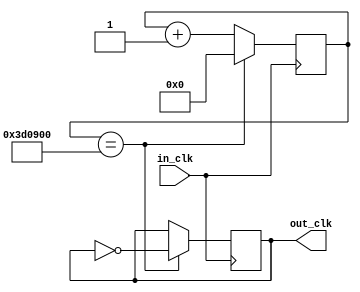
module clk_div_COUNTER (
    input   in_clk,
    output reg out_clk
);
/*
    50 Hz to count digits slower than persistence of vision (60 Hz)

    50 MHz  / 50 Hz  =  1 MHz        [ratio]
    1  MHz  / 2      =  500,000  Hz  [duty cycle]
*/
//reg [18:0] dc; // 19 bits to hold 500 KHz duty cycle
//reg [19:0] dc;	// dc == 1000000
//reg [20:0] dc;	// dc == 2000000
reg [21:0] dc; 	// dc == 4000000	<-- USE THIS ONE ; 6.25 Hz
//reg [22:0] dc;	// dc == 8000000

always@(posedge in_clk) begin

    dc <= dc + 1'b1;
    if (dc == 4000000) begin
        out_clk <= ~out_clk;
        dc <= 0;
    end
end
endmodule